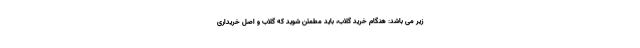
زیر می باشد: هنگام خرید گلاب، باید مطمئن شوید که گلاب و اصل خریداری